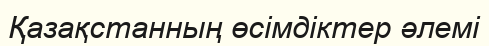
Қазақстанның өсімдіктер әлемі